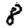
Digit: 8